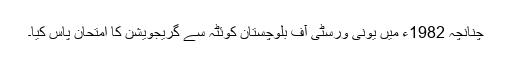
چنانچہ 1982ء میں یونی ورسٹی آف بلوچستان کوئٹہ سے گریجویشن کا امتحان پاس کیا۔